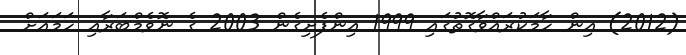
(2012) އިން ހާމަކުރައްވާގޮތުގައި 1999 އިންފެށިގެން 2003 ގެ ނޮވެމްބަރާއި ހަމައަށް